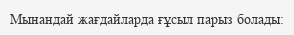
Мынандай жағдайларда ғұсыл парыз болады: